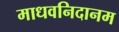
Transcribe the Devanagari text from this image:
माधवनिदानम